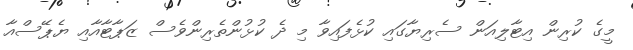
މީގެ ކުރިން އިޓާލިއަން ސެރިޔާގައި ކުޅެފައިވާ މި ދެ ކުޅުންތެރިންވެސް ޒަޕާޓާއާއި ޔެޕޭސްއާ